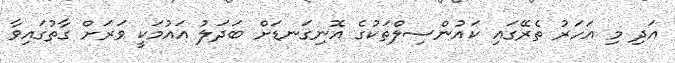
އަދި މި އަހަރު ތެރޭގައި ކައުންސިލްތަކުގެ އޮނިގަނޑަށް ބަދަލު އައުމަކީ ވަރަށް ގާތުގައިވާ